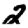
Digit: 2